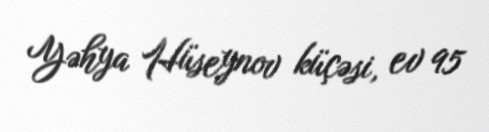
Yəhya Hüseynov küçəsi, ev 95